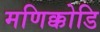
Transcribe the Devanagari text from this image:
मणिक्कोडि